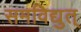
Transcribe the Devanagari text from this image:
समविद्युत्‌